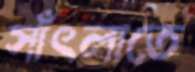
সাঁৎলাতে